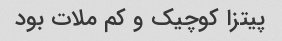
پیتزا کوچیک و کم ملات بود